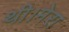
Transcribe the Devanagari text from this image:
थी।मेरा